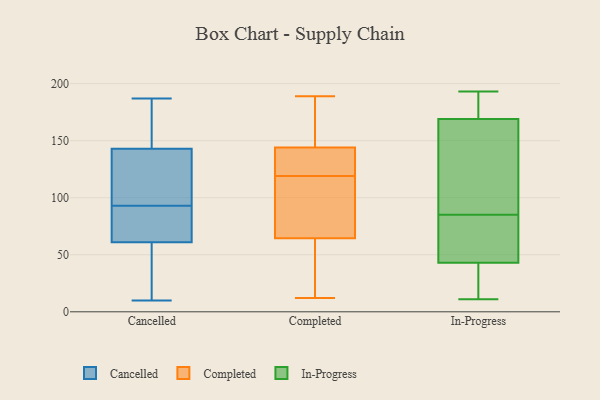
{"axis": {"x": "Energy Usage (MWh)", "y": "Value"}, "legend": ["Cancelled", "Completed", "In-Progress"], "data": [{"x": "", "y": 70, "type": "Cancelled"}, {"x": "", "y": 93, "type": "Cancelled"}, {"x": "", "y": 83, "type": "Cancelled"}, {"x": "", "y": 49, "type": "Cancelled"}, {"x": "", "y": 140, "type": "Cancelled"}, {"x": "", "y": 10, "type": "Cancelled"}, {"x": "", "y": 34, "type": "Cancelled"}, {"x": "", "y": 61, "type": "Cancelled"}, {"x": "", "y": 187, "type": "Cancelled"}, {"x": "", "y": 105, "type": "Cancelled"}, {"x": "", "y": 162, "type": "Cancelled"}, {"x": "", "y": 140, "type": "Cancelled"}, {"x": "", "y": 61, "type": "Cancelled"}, {"x": "", "y": 54, "type": "Cancelled"}, {"x": "", "y": 69, "type": "Cancelled"}, {"x": "", "y": 172, "type": "Cancelled"}, {"x": "", "y": 98, "type": "Cancelled"}, {"x": "", "y": 166, "type": "Cancelled"}, {"x": "", "y": 144, "type": "Cancelled"}, {"x": "", "y": 156, "type": "Completed"}, {"x": "", "y": 33, "type": "Completed"}, {"x": "", "y": 118, "type": "Completed"}, {"x": "", "y": 94, "type": "Completed"}, {"x": "", "y": 121, "type": "Completed"}, {"x": "", "y": 132, "type": "Completed"}, {"x": "", "y": 64, "type": "Completed"}, {"x": "", "y": 126, "type": "Completed"}, {"x": "", "y": 178, "type": "Completed"}, {"x": "", "y": 79, "type": "Completed"}, {"x": "", "y": 189, "type": "Completed"}, {"x": "", "y": 65, "type": "Completed"}, {"x": "", "y": 120, "type": "Completed"}, {"x": "", "y": 12, "type": "Completed"}, {"x": "", "y": 57, "type": "Completed"}, {"x": "", "y": 159, "type": "Completed"}, {"x": "", "y": 169, "type": "In-Progress"}, {"x": "", "y": 193, "type": "In-Progress"}, {"x": "", "y": 56, "type": "In-Progress"}, {"x": "", "y": 23, "type": "In-Progress"}, {"x": "", "y": 52, "type": "In-Progress"}, {"x": "", "y": 83, "type": "In-Progress"}, {"x": "", "y": 162, "type": "In-Progress"}, {"x": "", "y": 68, "type": "In-Progress"}, {"x": "", "y": 142, "type": "In-Progress"}, {"x": "", "y": 43, "type": "In-Progress"}, {"x": "", "y": 22, "type": "In-Progress"}, {"x": "", "y": 11, "type": "In-Progress"}, {"x": "", "y": 191, "type": "In-Progress"}, {"x": "", "y": 87, "type": "In-Progress"}, {"x": "", "y": 188, "type": "In-Progress"}, {"x": "", "y": 170, "type": "In-Progress"}, {"x": "", "y": 42, "type": "In-Progress"}, {"x": "", "y": 166, "type": "In-Progress"}]}